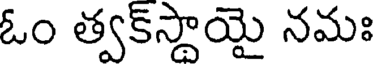
ఓం త్వక్స్థాయై నమః